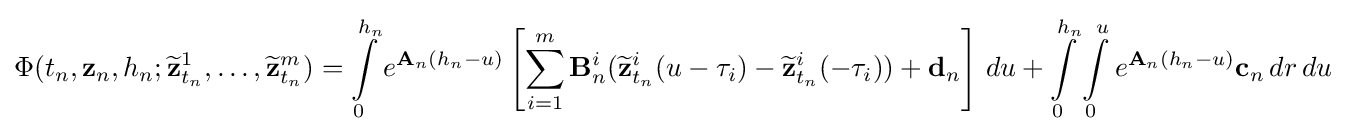
\Phi (t_{n},\mathbf {z} _{n},h_{n};{\widetilde {\mathbf {z} }}_{t_{n}}^{1},\ldots ,{\widetilde {\mathbf {z} }}_{t_{n}}^{m})=\int \limits _{0}^{h_{n}}e^{\mathbf {A} _{n}(h_{n}-u)}\left[\sum \limits _{i=1}^{m}\mathbf {B} _{n}^{i}({\widetilde {\mathbf {z} }}_{t_{n}}^{i}(u-\tau _{i})-{\widetilde {\mathbf {z} }}_{t_{n}}^{i}(-\tau _{i}))+\mathbf {d} _{n}\right]\,du+\int \limits _{0}^{h_{n}}\int \limits _{0}^{u}e^{\mathbf {A} _{n}(h_{n}-u)}\mathbf {c} _{n}\,dr\,du